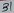
Text: 31